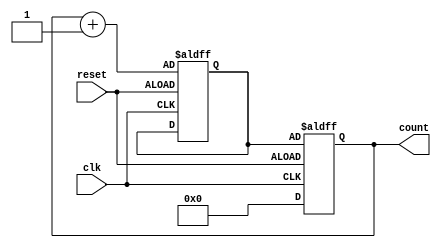
module binary_counter(
    input clk,
    input reset,
    output reg [3:0] count
);

reg [3:0] next_count;

always @(posedge clk or negedge reset) begin
    if (reset) begin
        count <= 4'b0000;
    end else begin
        next_count <= count + 1;
        count <= next_count;
    end
end

endmodule